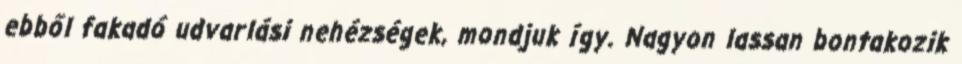
ebből fakadó udvarlási nehézségek, mondjuk így. Nagyon lassan bontakozik